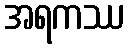
အရကဿ